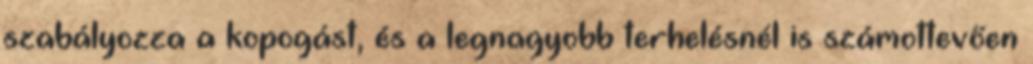
szabályozza a kopogást, és a legnagyobb terhelésnél is számottevően